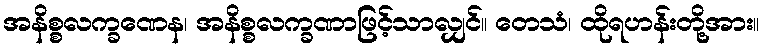
အနိစ္စလက္ခဏေန၊ အနိစ္စလက္ခဏာဖြင့်သာလျှင်။ တေသံ၊ ထိုရဟန်းတို့အား။